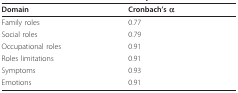
| Domain | Cronbach's α |
 | --- | --- |
 | Family roles | 0.77 |
 | Social roles | 0.79 |
 | Occupational roles | 0.91 |
 | Roles limitations | 0.91 |
 | Symptoms | 0.93 |
 | Emotions | 0.91 |